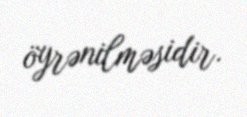
öyrənilməsidir.